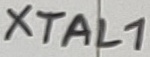
Text: XTAL1